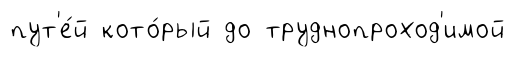
пут'е́й кото́рый до труднопроход'имой